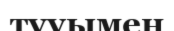
тууымен